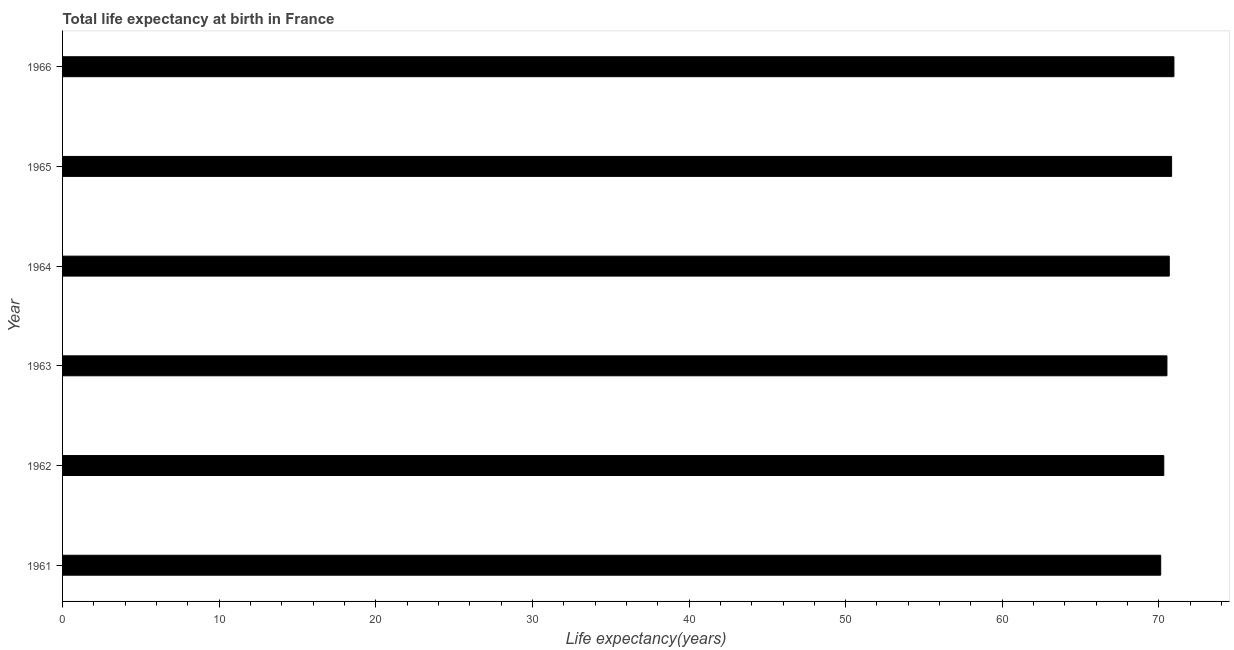
| Year | Life expectancy at birth |
 | --- | --- |
 | 1961 | 70.1 |
 | 1962 | 70.3 |
 | 1963 | 70.5 |
 | 1964 | 70.7 |
 | 1965 | 70.8 |
 | 1966 | 71 |